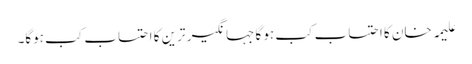
علیمہ خان کا احتساب کب ہو گا جہانگیر ترین کا احتساب کب ہوگا۔